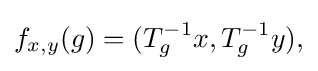
\displaystyle {f_{x,y}(g)=(T_{g}^{-1}x,T_{g}^{-1}y),}